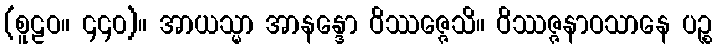
(စူဠဝ။ ၄၄၀)။ အာယသ္မာ အာနန္ဒော ဝိဿဇ္ဇေသိ။ ဝိဿဇ္ဇနာဝသာနေ ပဉ္စ